Burma Government Medical School reports 1923-41
Year: 1923
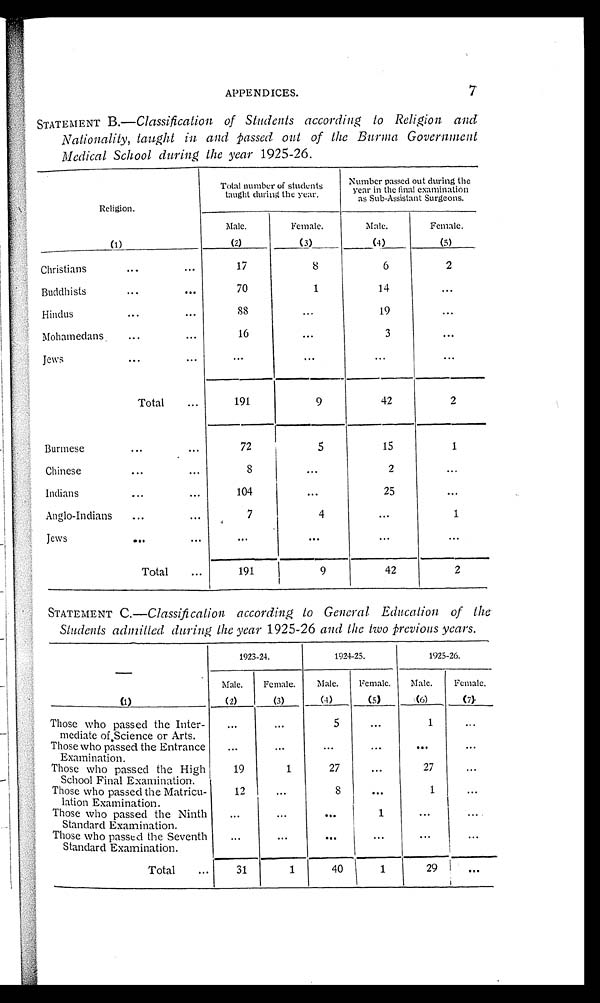
APPENDICES.
7
STATEMENT B.—Classification of Students according to Religion and
Nationality, taught in and passed out of the Burma Government
Medical School during the year 1925-26.
Religion.
Total number of students
taught during the year.
Number passed out during the
year in the final examination
as Sub-Assistant Surgeons.
(1)
Male.
Female.
Male.
Female.
(2)
(3)
(4)
(5)
Christians
...
. . .
17
8
6
2
Buddhists...
70
1
14
...
Hindus
...
.. .
8 8
. . .
19
. . .
Mohamedans. ...
...
16
. . .
3
. . .
Jews
. . . ...
. . .
. . .
. . .
. .
Total...
1 9 1
9
42
2
Burmese...
...
7 2
5
15
1
Chinese
...
...
8
...
2
...
Indians
...
...
1 0 4
. . .
25
...
Anglo-Indians ......
7
4
...
1
Jews
...
...
...
. . .
...
. . .
Total...
191 9
42
2
STATEMENT C.—Classification according to General Education of the.
Students admitted during the year 1925-26 and the two previous years.
(1)
1923-24.
1924-25.
1925-26.
Male. Female. Male. Female. Male. Female.
(2)
(3)
(4)
(5)
(6)
(7).
Those who passed the Inter-
mediate of.Science or Arts.
. . .
...
5
. . . .
1
. . .
Those who passed the Entrance
Examination.
...
. . .
...
. . . .
. . .
. . .
Those who passed the High
School Final Examination.
19
1
27
...
27
. . .
Those who passed the Matricu-
lation Examination.
12
...
8
. . .
1
. . .
Those who passed the Ninth
Standard Examination.
..
...
. . .
1
.. .
. . .
Those who passed the Seventh
Standard Examination.
...
. . .
. . .
. . .
. . .
Total ...
31
1
40
1
29 . . .